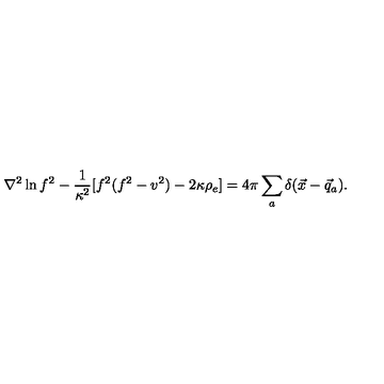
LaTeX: \nabla ^ { 2 } \ln f ^ { 2 } - \frac { 1 } { \kappa ^ { 2 } } [ f ^ { 2 } ( f ^ { 2 } - v ^ { 2 } ) - 2 \kappa \rho _ { e } ] = 4 \pi \sum _ { a } \delta ( \vec { x } - \vec { q } _ { a } ) .